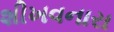
શીખવનારા